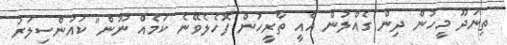
ތިނަދޫ މީހުން ދިން ގެއްލުން އެއީ ތާރީހުން ފޮހެލެވޭނެ ކަމެއް ނޫން" ކައުންސިލަރު